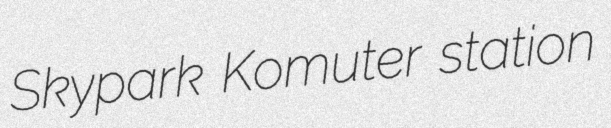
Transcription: Skypark Komuter station